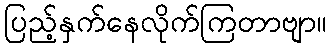
ပြည့်နှက်နေလိုက်ကြတာဗျာ။